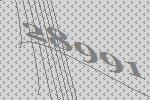
28991